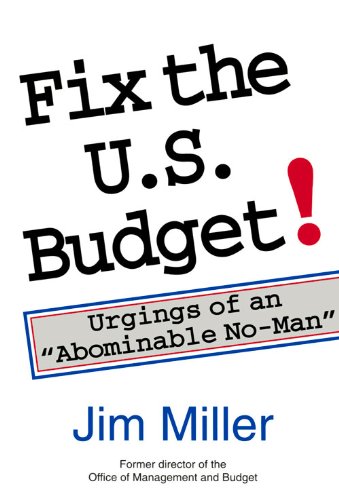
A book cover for Fix the U.S. Budget!: Urgings of an "Abominable No-Man" (Hoover Institution Press Publication); James C. Miller III; Business & Money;